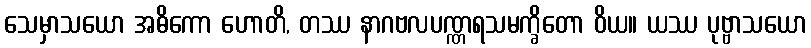
သေမှာသယော အဓိကော ဟောတိ, တဿ နာဂဗလပဏ္ဏရသမက္ခိတော ဝိယ။ ယဿ ပုဗ္ဗာသယော